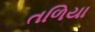
તળિયા